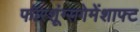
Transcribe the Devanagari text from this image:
फॉरशूंग्सगेमेंशाफ्ट